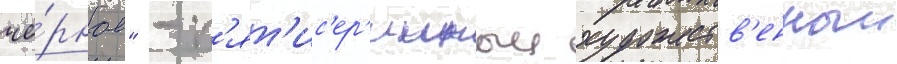
чё́рное" - п'ят'ис'ер'ииныи художеств'енныи